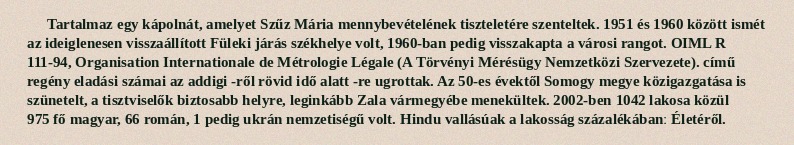
Tartalmaz egy kápolnát, amelyet Szűz Mária mennybevételének tiszteletére szenteltek. 1951 és 1960 között ismét az ideiglenesen visszaállított Füleki járás székhelye volt, 1960-ban pedig visszakapta a városi rangot. OIML R 111-94, Organisation Internationale de Métrologie Légale (A Törvényi Mérésügy Nemzetközi Szervezete). című regény eladási számai az addigi -ről rövid idő alatt -re ugrottak. Az 50-es évektől Somogy megye közigazgatása is szünetelt, a tisztviselők biztosabb helyre, leginkább Zala vármegyébe menekültek. 2002-ben 1042 lakosa közül 975 fő magyar, 66 román, 1 pedig ukrán nemzetiségű volt. Hindu vallásúak a lakosság százalékábanː Életéről.